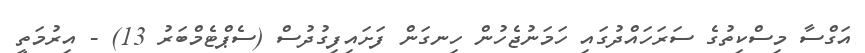
އަގްސާ މިސްކިތުގެ ސަރަހައްދުގައި ހަމަނުޖެހުން ހިނގަން ފަށައިފިގުދުސް (ސެޕްޓެމްބަރު 13) - އިރުމަތީ